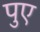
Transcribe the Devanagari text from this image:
पुए